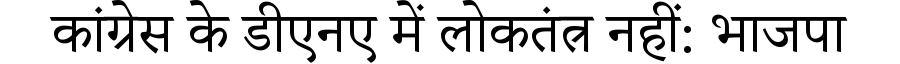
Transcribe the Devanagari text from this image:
कांग्रेस के डीएनए में लोकतंत्र नहीं: भाजपा